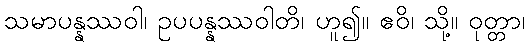
သမာပန္နဿဝါ၊ ဥပပန္နဿဝါတိ၊ ဟူ၍။ ဧဝိ၊ သို့။ ဝုတ္တာ၊